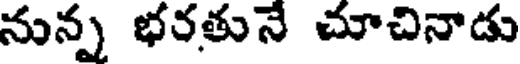
నున్న భరతునే చూచినాడు